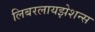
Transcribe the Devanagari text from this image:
लिबरलायझेशन्स